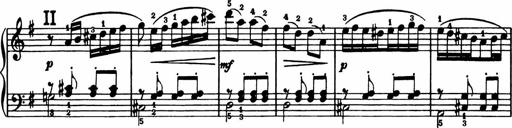
Title: Analytical Sonatinas
Composer: Frank Lynes